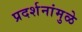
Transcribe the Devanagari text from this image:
प्रदर्शनांमुळे